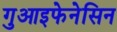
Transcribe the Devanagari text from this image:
गुआइफेनेसिन